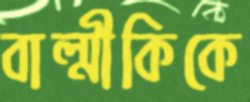
বাল্মীকিকে